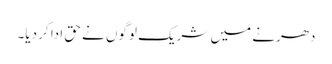
دھرنے میں شریک لوگوں نے حق ادا کر دیا۔